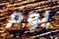
يوم